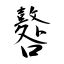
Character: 鼛